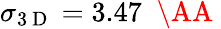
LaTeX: \sigma_{3\mathrm{~D~}}=3.47\; \mathrm{~\AA~}